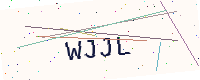
Text: WJJL